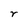
Character: r